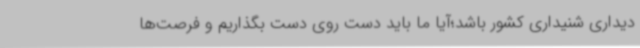
دیداری شنیداری کشور باشد؛آیا ما باید دست روی دست بگذاریم و فرصت‌ها